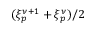
( \xi _ { p } ^ { \nu + 1 } + \xi _ { p } ^ { \nu } ) / 2